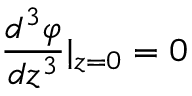
{ \frac { d ^ { 3 } \varphi } { d z ^ { 3 } } } | _ { z = 0 } = 0